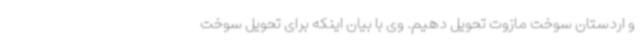
و اردستان سوخت مازوت تحویل دهیم. وی با بیان اینکه برای تحویل سوخت